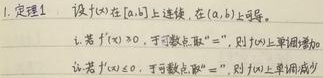
1. 定理1  设$f(x)$在$[a,b]$上连续，在$(a,b)$内可导。
   - 若$f'(x)\geq0$，可导数取“$=$”，则$f(x)$上单调增加。
   - 若$f'(x)\leq0$，可导数取“$=$”，则$f(x)$上单调减少。